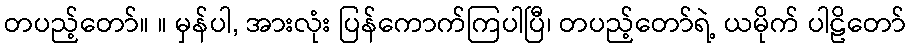
တပည့်တော်။ ။ မှန်ပါ, အားလုံး ပြန်ကောက်ကြပါပြီ၊ တပည့်တော်ရဲ့ ယမိုက် ပါဠိတော်